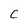
Character: C